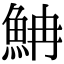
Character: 𩶎